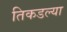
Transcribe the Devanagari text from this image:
तिकडल्या